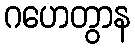
ဂဟေတွာန